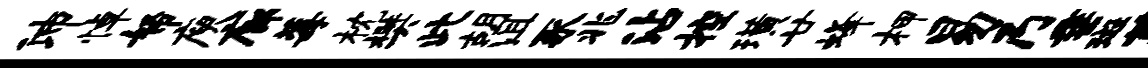
沛悼帑庾廊莓枕樊此胡沮豕兆沾控璜廿蜂柙易乃垂斑蔓